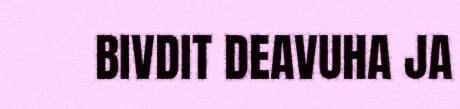
BIVDIT DEAVUHA JA